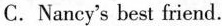
C.Nancy's best friend.